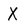
Character: X